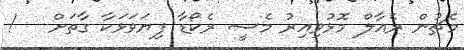
މެޗުން ރެއާލް މޮޅުވިއިރު މެސީ ރެކޯޑާ ފިޔަވަޅަކާ ގާތަށް   !